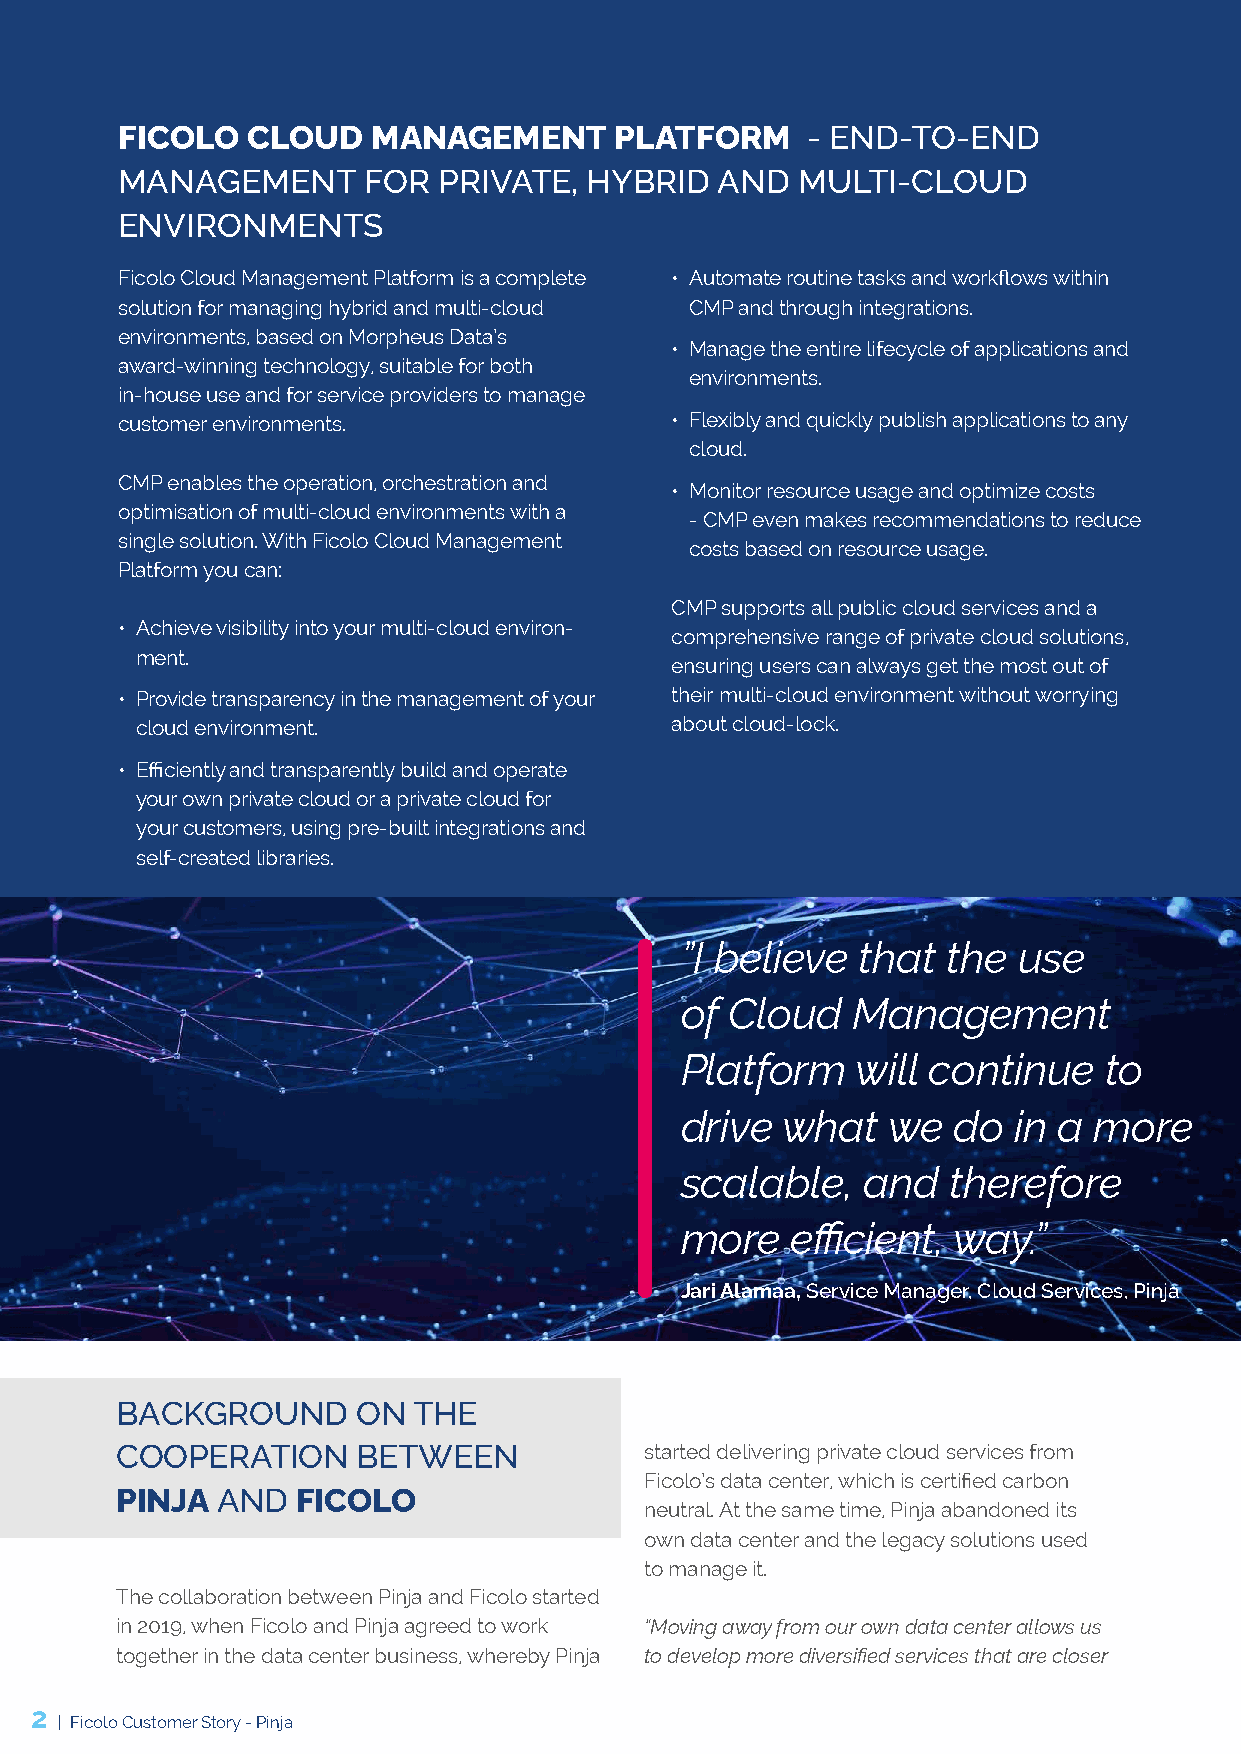
FICOLO  CLOUD    MANAGEMENT      PLATFORM    - END-TO-END
 MANAGEMENT      FOR  PRIVATE,  HYBRID   AND  MULTI-CLOUD
 ENVIRONMENTS
 Ficolo Cloud Management Platform is a complete • Automate routine tasks and workflows within
 solution for managing hybrid and multi-cloud CMP and through integrations.
 environments, based on Morpheus Data’s
 • Manage the entire lifecycle of applications and
 award-winning technology, suitable for both
 environments.
 in-house use and for service providers to manage
 customer environments.              • Flexibly and quickly publish applications to any
 cloud.
 CMP enables the operation, orchestration and
 • Monitor resource usage and optimize costs
 optimisation of multi-cloud environments with a
 -CMP even makes recommendations to reduce
 single solution. With Ficolo Cloud Management
 costs based on resource usage.
 Platform you can:
 CMP supports all public cloud services and a
 • Achieve visibility into your multi-cloud environ-
 comprehensive range of private cloud solutions,
 ment.
 ensuring users can always get the most out of
 • Provide transparency in the management of your their multi-cloud environment without worrying
 cloud environment.                 about cloud-lock.
 • Efficiently and transparently build and operate
 your own private cloud or a private cloud for
 your customers, using pre-built integrations and
 self-created libraries.
 ”I believe  that  the use
 of Cloud   Management
 Platform    will continue   to
 drive  what   we  do  in a more
 scalable,   and   therefore
 more   efficient, way.”
 Jari Alamaa, Service Manager, Cloud Services, Pinja
 BACKGROUND      ON THE
 COOPERATION     BETWEEN            started delivering private cloud services from
 Ficolo’s data center, which is certified carbon
 PINJA AND   FICOLO
 neutral. At the same time, Pinja abandoned its
 own data center and the legacy solutions used
 to manage it.
 The collaboration between Pinja and Ficolo started
 in 2019, when Ficolo and Pinja agreed to work “Moving away from our own data center allows us
 together in the data center business, whereby Pinja to develop more diversified services that are closer
 2
 | Ficolo Customer Story - Pinja